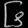
Digit: ၆